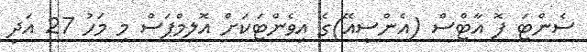
ސެންޓަ ފޮ އާޓްސް (އެންސީއޭ)ގެ އިވެންޓަކަށް އޮލިމްޕަސް މި މަހު 27 އަދި